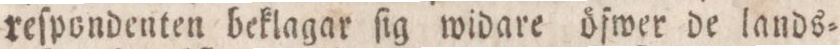
reſpondenten beklagar ſig widare öfwer de lands=